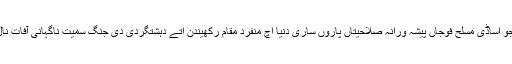
10 نومبر(اے پی پی) سپیکر قومی اسمبلی اسد قیصرآکھیے جو اساڈی مسلح فوجاں پیشہ ورانہ صلاحیتاں پاروں ساری دنیا اچ منفرد مقام رکھیندن اتے دہشتگردی دی جنگ سمیت ناگہانی آفات نال نبڑن سانگے افواج پاکستان داکردار تعریف دےے قابل ہے۔